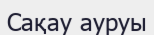
Сақау ауруы